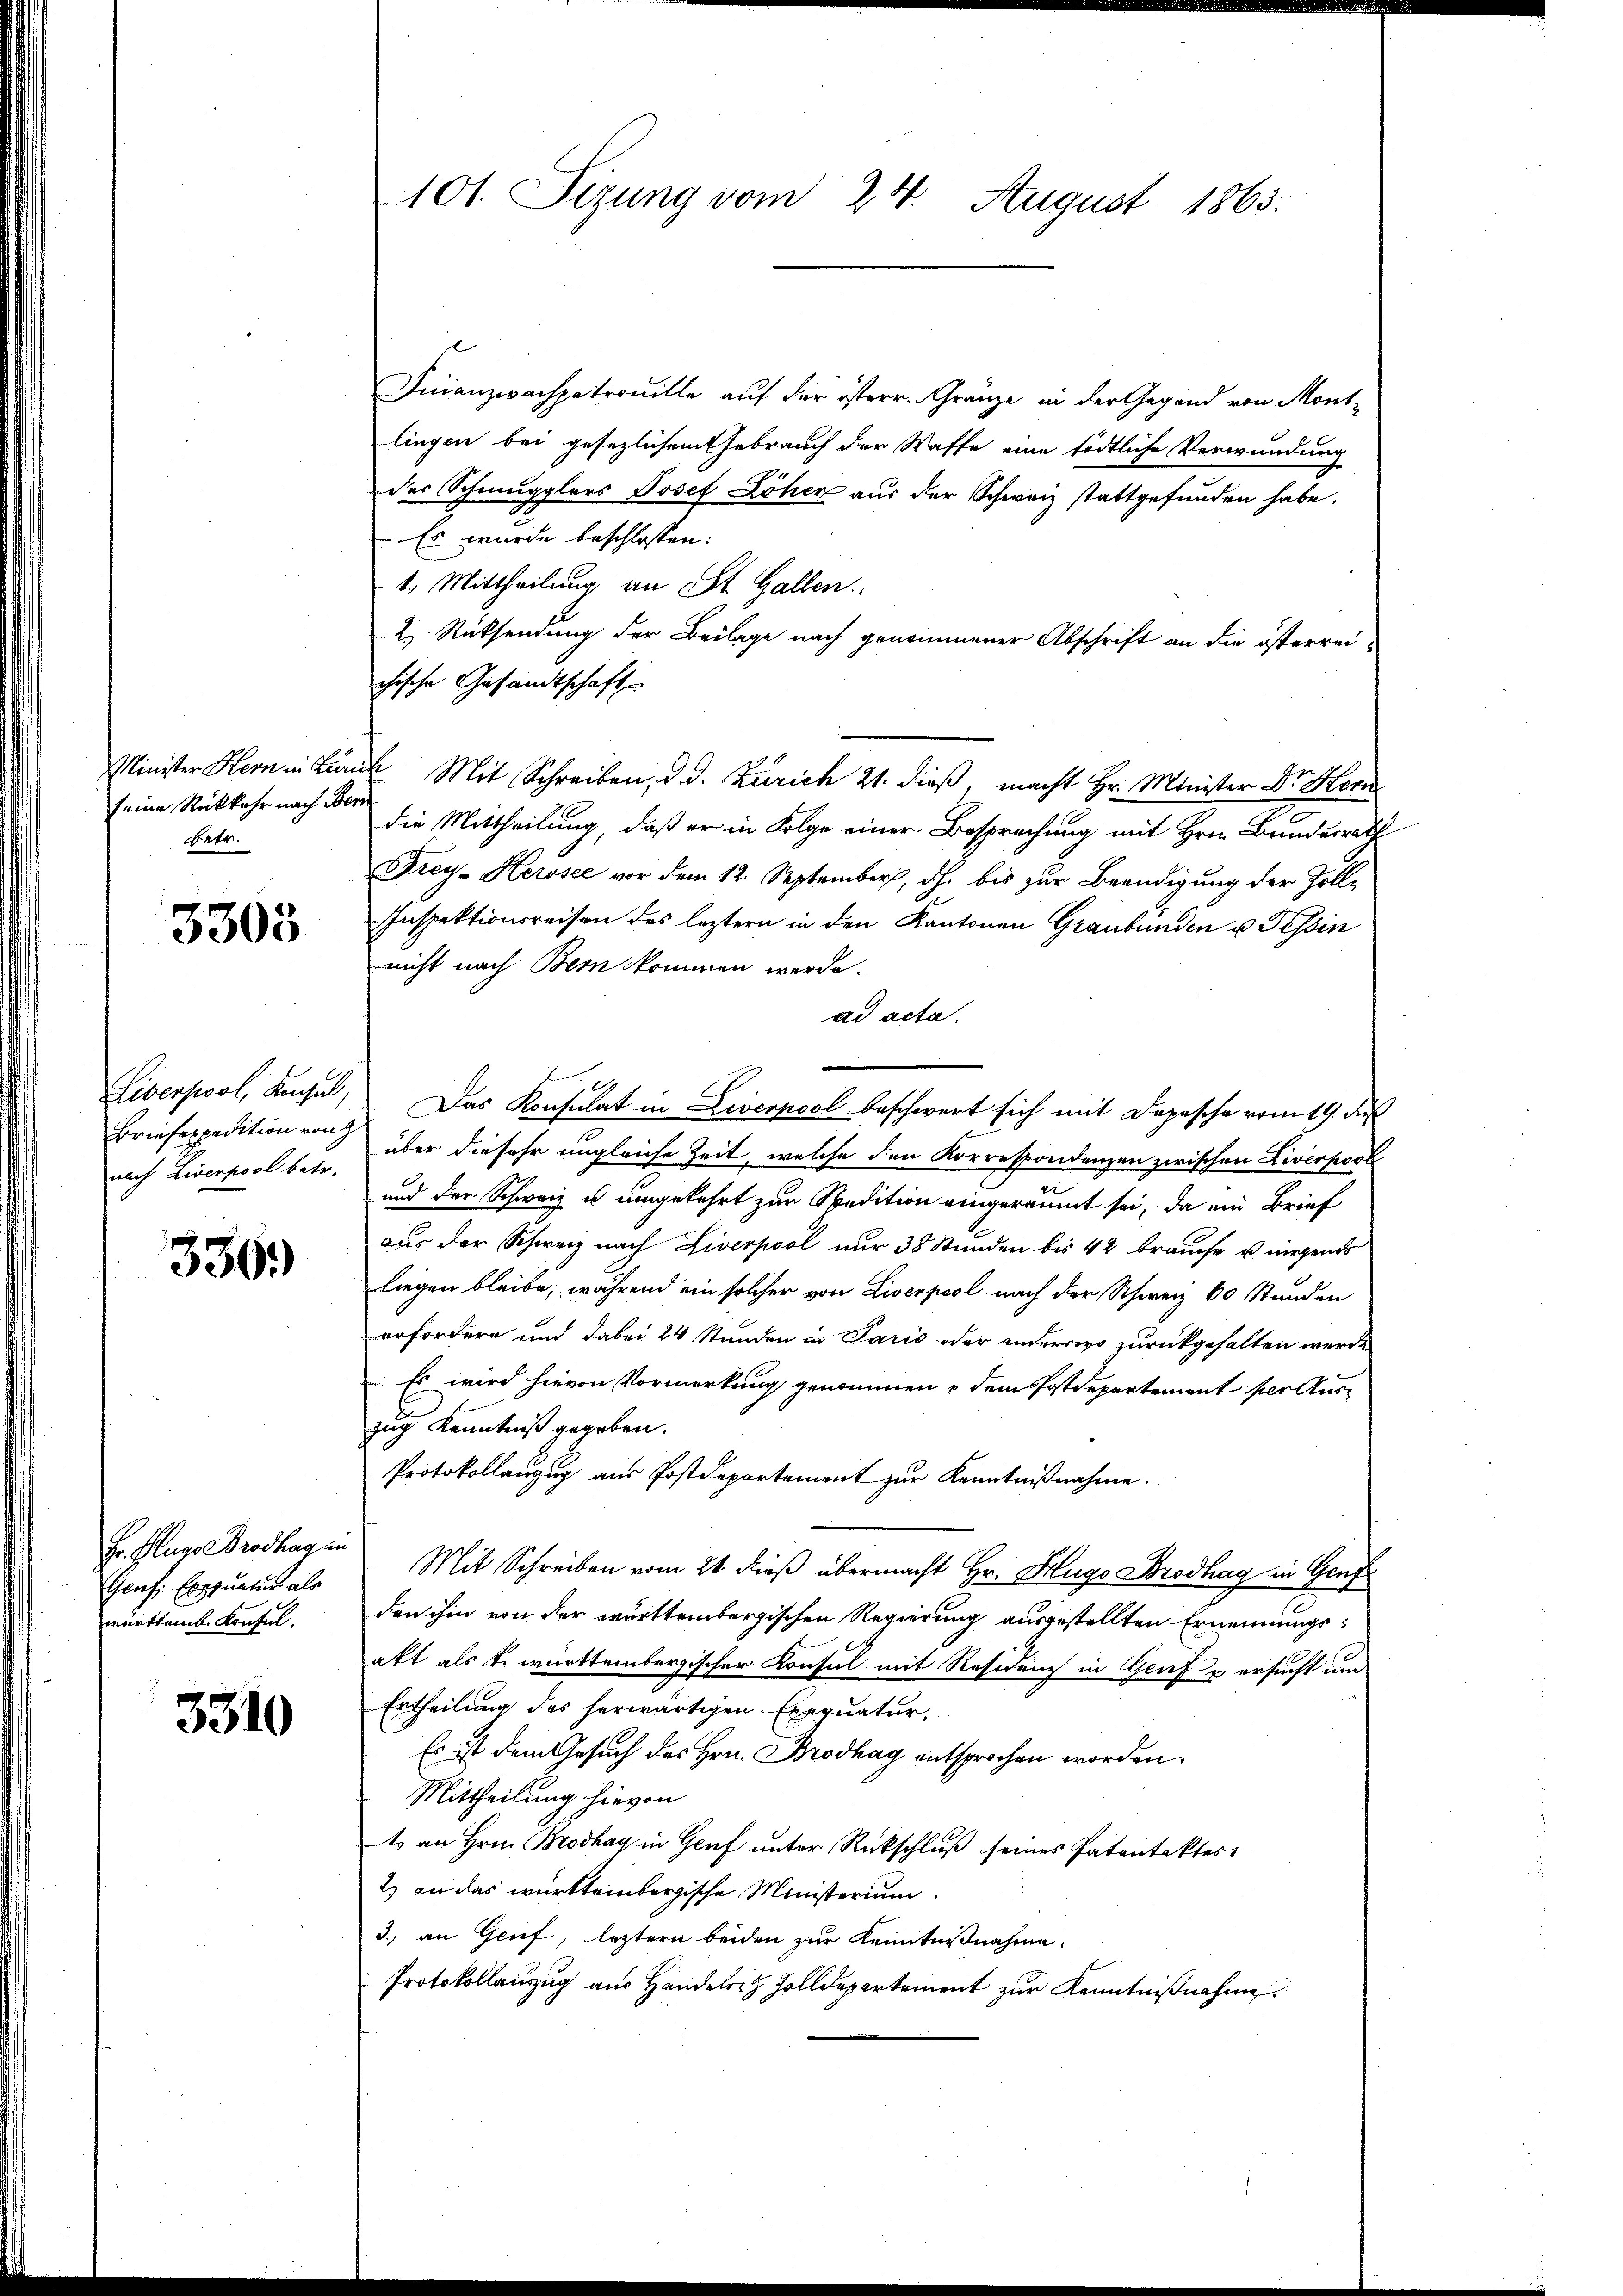
seine Rückkehr nach Bern
betr.

3303

Briefexpedition von
nach Liverpool betr.

330.

Fr. Fluger Brodhag in
Genf, Exequatur als
württemb. Konful.

3310

101. Sizung vom 24. August 1863.

Finanzwachpatrouille auf der österr. Gränze in der Gegend von Mont-
lingen bei gesezlichem Gebrauch der Waffe eine tödtliche Verwundung
der Schmugglers Josef Löher aus der Schweiz stattgefunden habe.
Es wurde beschlossen:
1. Mittheilung an St. Gallen.
2. Rücksendung der Beilage nach genommener Abschrift an die österrei-
chische Gesandtschaft
Minister Hern in Krank Mit Schreiben, d. d. Zürich 21. dieß, macht Hr. Minister Dr. Ho
die Mittheilung, daß er in Folge einer Besprechung mit Hrn. Bundesrath
Frey-Herosee vor dem 12. September, dh. bis zur Beendigung der Zoll-
Inspektionsreisen des leztern in den Kantonen Graubünden u. Tessin
nicht nach Bern kommen werde.
ad acta.
Liverpool, Konsul, Das Konsulat in Liverpool beschwert sich mit Depesche vom 19. des
über die sehr ungleiche Zeit, welche den Korrespondenzen zwischen Liverpool
und der Schweiz u umgekehrt zur Spedition eingeräumt sei, da ein Brief
aus der Schweiz nach Liverpool nur 38 Stunden bis 42 brauche u nirgends
liegen bleibe, während ein solcher von Liverpool nach der Schweiz 60 Stunden
erfordern und dabei 24 Stunden in Paris oder anderswo zurückgehalten werde
 Es wird hievon Vormerkung genommen dem Postdepartement per Auszug Kenntniß gegeben.
Protokollanzug aus Postdepartement zur Kenntnißnahme.
Mit Schreiben vom 21. dieß übermacht Hr. Hugo Brodhag in Genf
den ihm von der württembergischen Regierung ausgestellten Ernennungsakt als k. württembergischer Konsul mit Residenz in Genf u ersucht um
Ertheilung des herwärtigen Exequatur,
Es ist dem Gesuch des Hrn. Brodhag entsprochen worden.
Mittheilung hievon
t an Hrn. Brodhag in Genf unter Rückschluß seines Patentaktes.
2) an das württeinbergische Ministerium
3.) an Genf, leztern beiden zur Kenntnißnahme
Protokollauszug aus Handels Zolldepartement zur Kenntnißnahme